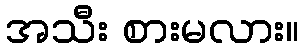
အသီး စားမလား။